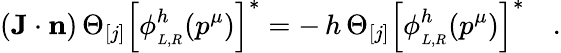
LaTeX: ({\mathbf J}\cdot{\mathbf n})\, \Theta_{[j]}\left[\phi_{_{L,R}}^{h}(p^{\mu})\right]^{*}=-\, h\, \Theta_{[j]}\left[\phi_{_{L,R}}^{h}(p^{\mu})\right]^{*}\quad.